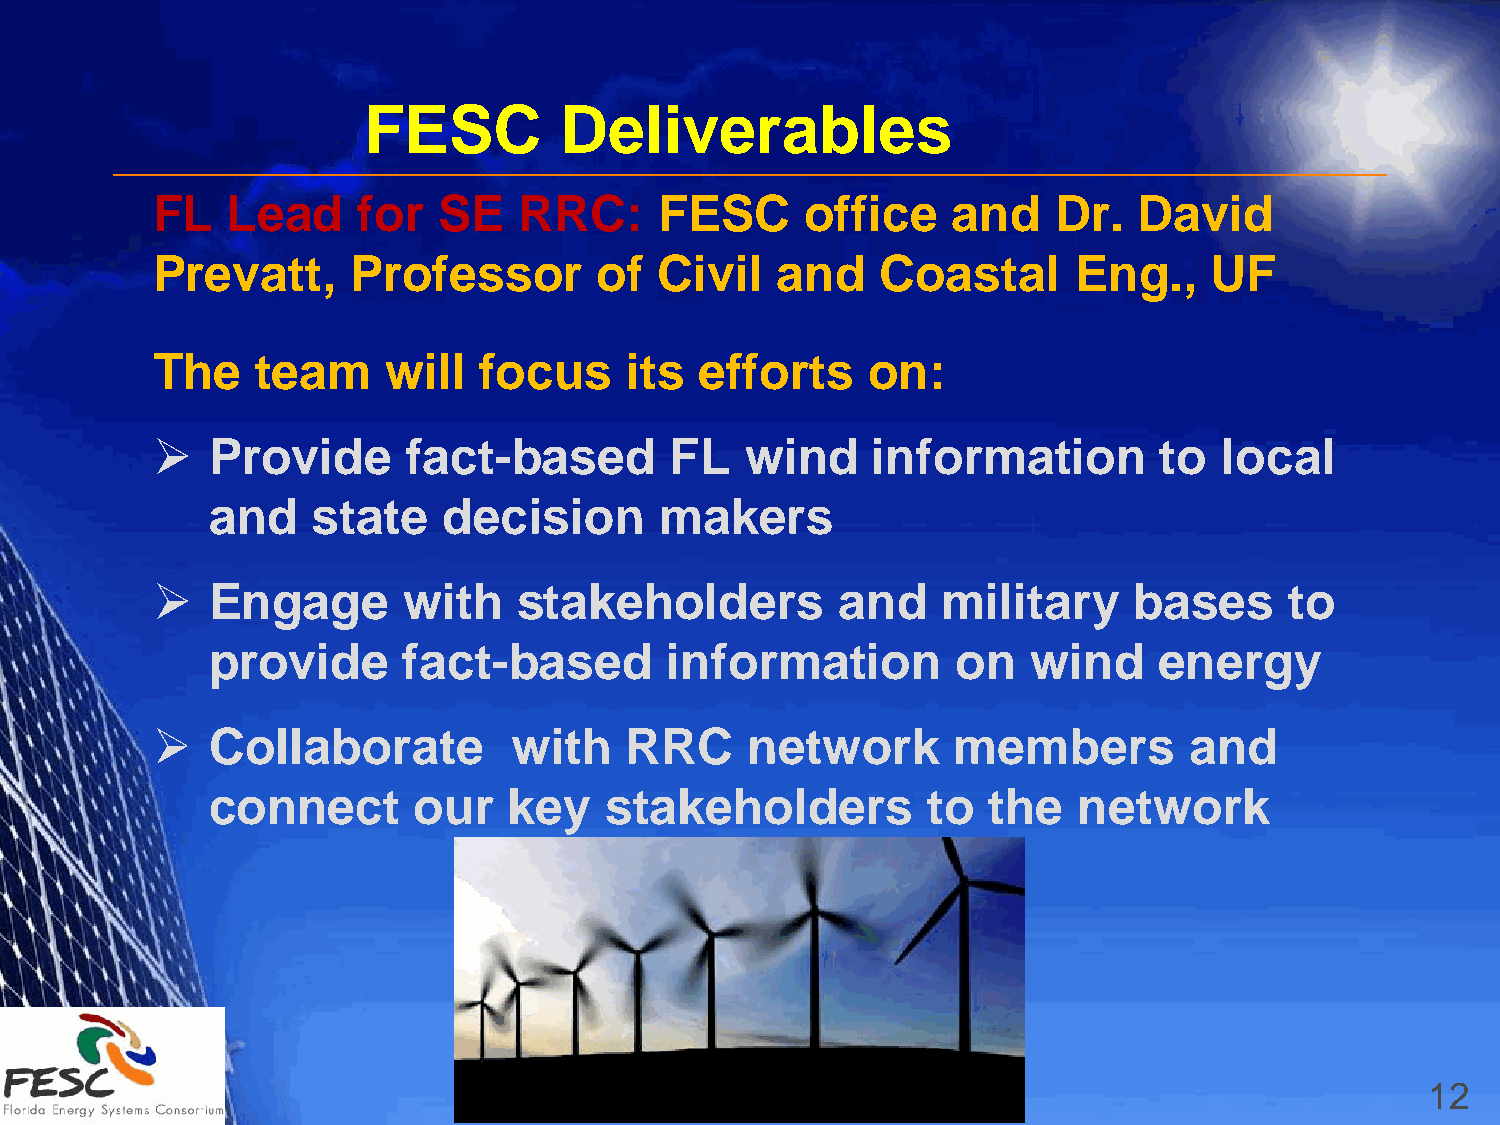
FESC         Deliverables
 FL   Lead     for  SE   RRC:      FESC     office    and    Dr.  David
 Prevatt,     Professor        of  Civil  and    Coastal      Eng.,    UF
 The    team     will  focus     its efforts     on:
    Provide      fact-based       FL   wind     information        to  local
 and    state   decision       makers
    Engage       with   stakeholders          and   military     bases     to
 provide      fact-based       information        on   wind     energy
    Collaborate         with   RRC     network       members         and
 connect      our    key   stakeholders         to  the   network
 12